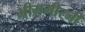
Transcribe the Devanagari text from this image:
भीमगीरजी